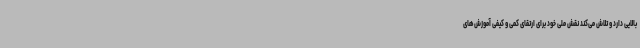
بالایی دارد و تلاش می‌کند نقش ملی خود برای ارتقای کمی و کیفی آموزش‌های